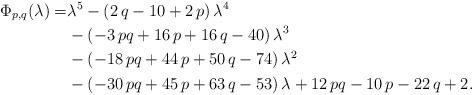
LaTeX: \begin{align*}\Phi_{p,q}(\lambda)=&{\lambda}^{5}- \left( 2\,q-10+2\,p \right) {\lambda}^{4}\\&- \left( -3\,pq+16\,p+16\,q-40 \right) {\lambda}^{3}\\&- \left( -18\,pq+44\,p+50\,q-74\right) {\lambda}^{2}\\&- \left( -30\,pq+45\,p+63\,q-53 \right) \lambda+12\,pq-10\,p-22\,q+2.\end{align*}